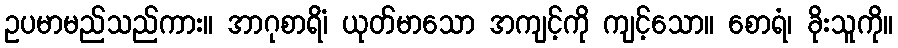
ဥပမာမည်သည်ကား။ အာဂုစာရိံ၊ ယုတ်မာသော အကျင့်ကို ကျင့်သော။ စောရံ၊ ခိုးသူကို။